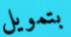
بتمويل